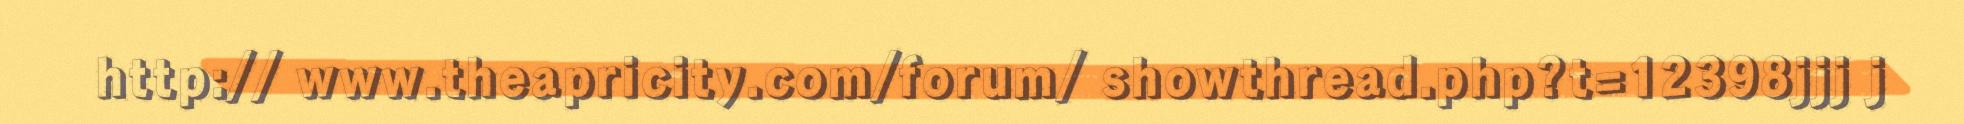
http:// www.theapricity.com/forum/ showthread.php?t=12398jjj j